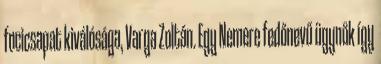
focicsapat kiválósága, Varga Zoltán. Egy Nemere fedőnevű ügynök így